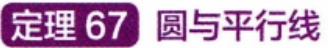
定理 67 圆与平行线